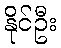
နိုင်ဦး